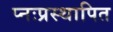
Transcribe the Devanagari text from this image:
प्नःप्रस्थापित